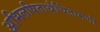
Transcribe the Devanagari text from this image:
अभिलषितार्थचिंतामणी